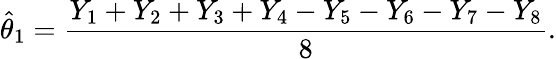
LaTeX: {\widehat{\theta}}_{1}={\frac{Y_{1}+Y_{2}+Y_{3}+Y_{4}-Y_{5}-Y_{6}-Y_{7}-Y_{8}}{8}}.